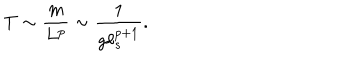
LaTeX: T \sim \frac { m } { L ^ { p } } \sim \frac { 1 } { g \ell _ { s } ^ { p + 1 } } .